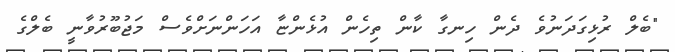
"ބެލް ރުޅިގަދަނުވެ ދެން ހިނގާ ކާން ތިހެން އުޅެންޏާ އަހަންނަށްވެސް މަޖުބޫރުވާނީ ބެލްގެ